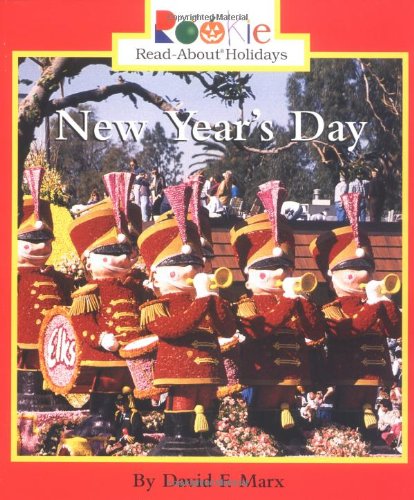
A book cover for New Year's Day (Rookie Read-About Holidays); David F. Marx; Children's Books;